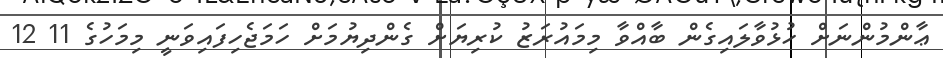
ޢާންމުންނަށް ހުޅުވާލައިގެން ބާއްވާ މިމައުރަޒު ކުރިޔަށް ގެންދިޔުމަށް ހަމަޖެހިފައިވަނީ މިމަހުގެ 11 12